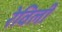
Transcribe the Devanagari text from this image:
रेविली